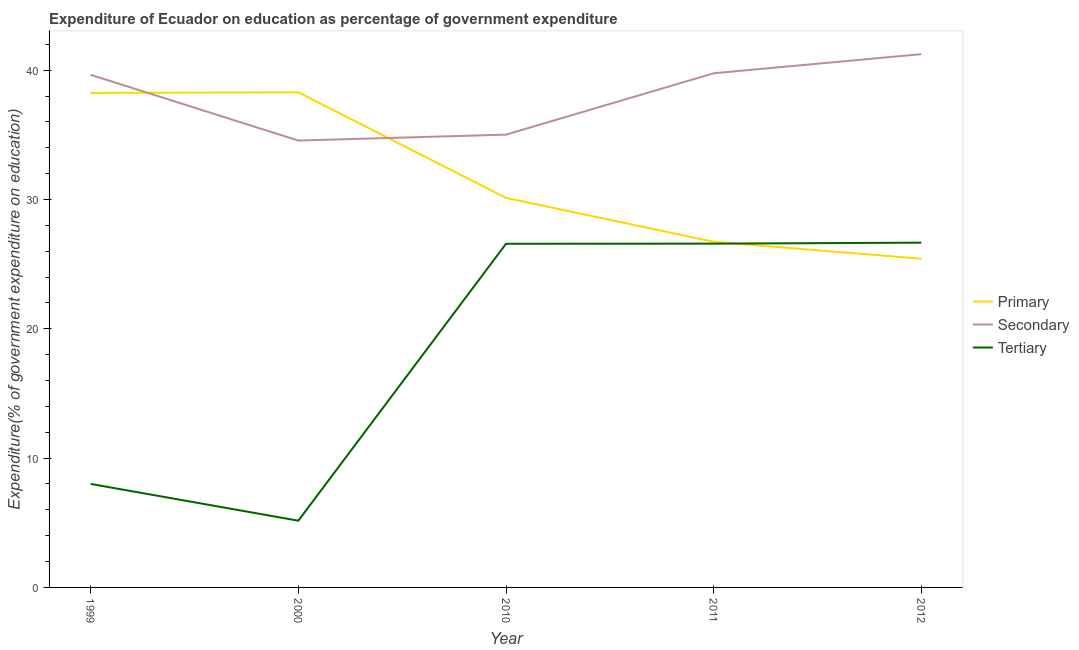
| Year | Primary | Secondary | Tertiary |
 | --- | --- | --- | --- |
 | 1999 | 38.2 | 39.6 | 8 |
 | 2000 | 38.3 | 34.6 | 5.16 |
 | 2010 | 30.1 | 35 | 26.6 |
 | 2011 | 26.7 | 39.8 | 26.6 |
 | 2012 | 25.4 | 41.2 | 26.7 |